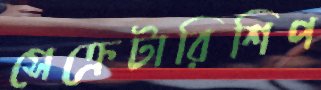
সেক্রেটারিশিপ